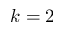
k = 2